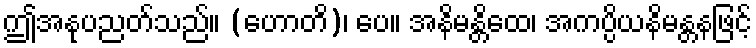
ဤအနုပညတ်သည်။ (ဟောတိ)၊ ပေ။ အနိမန္တိထေ၊ အကပ္ပိယနိမန္တနဖြင့်